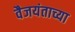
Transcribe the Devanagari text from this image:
वैजयंताच्या